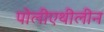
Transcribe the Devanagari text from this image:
पोलीएथीलीन